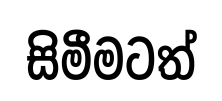
සිමීමටත්